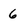
Character: 6